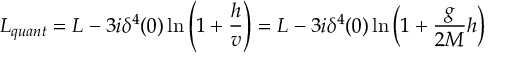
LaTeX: { \cal L } _ { q u a n t } = { \cal L } _ { } - 3 i \delta ^ { 4 } ( 0 ) \ln \left( 1 + \frac { h } { v } \right) = { \cal L } _ { } - 3 i \delta ^ { 4 } ( 0 ) \ln \left( 1 + \frac { g } { 2 M } h \right)